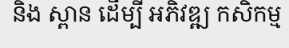
និង ស្ពាន ដើម្បី អភិវឌ្ឍ កសិកម្ម